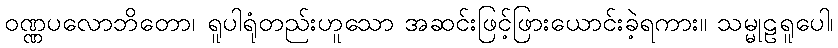
ဝဏ္ဏပလောဘိတော၊ ရူပါရုံတည်းဟူသော အဆင်းဖြင့်ဖြားယောင်းခဲ့ရကား။ သမ္မုဠရူပေါ၊